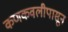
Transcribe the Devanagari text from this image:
कणकवलीपासून